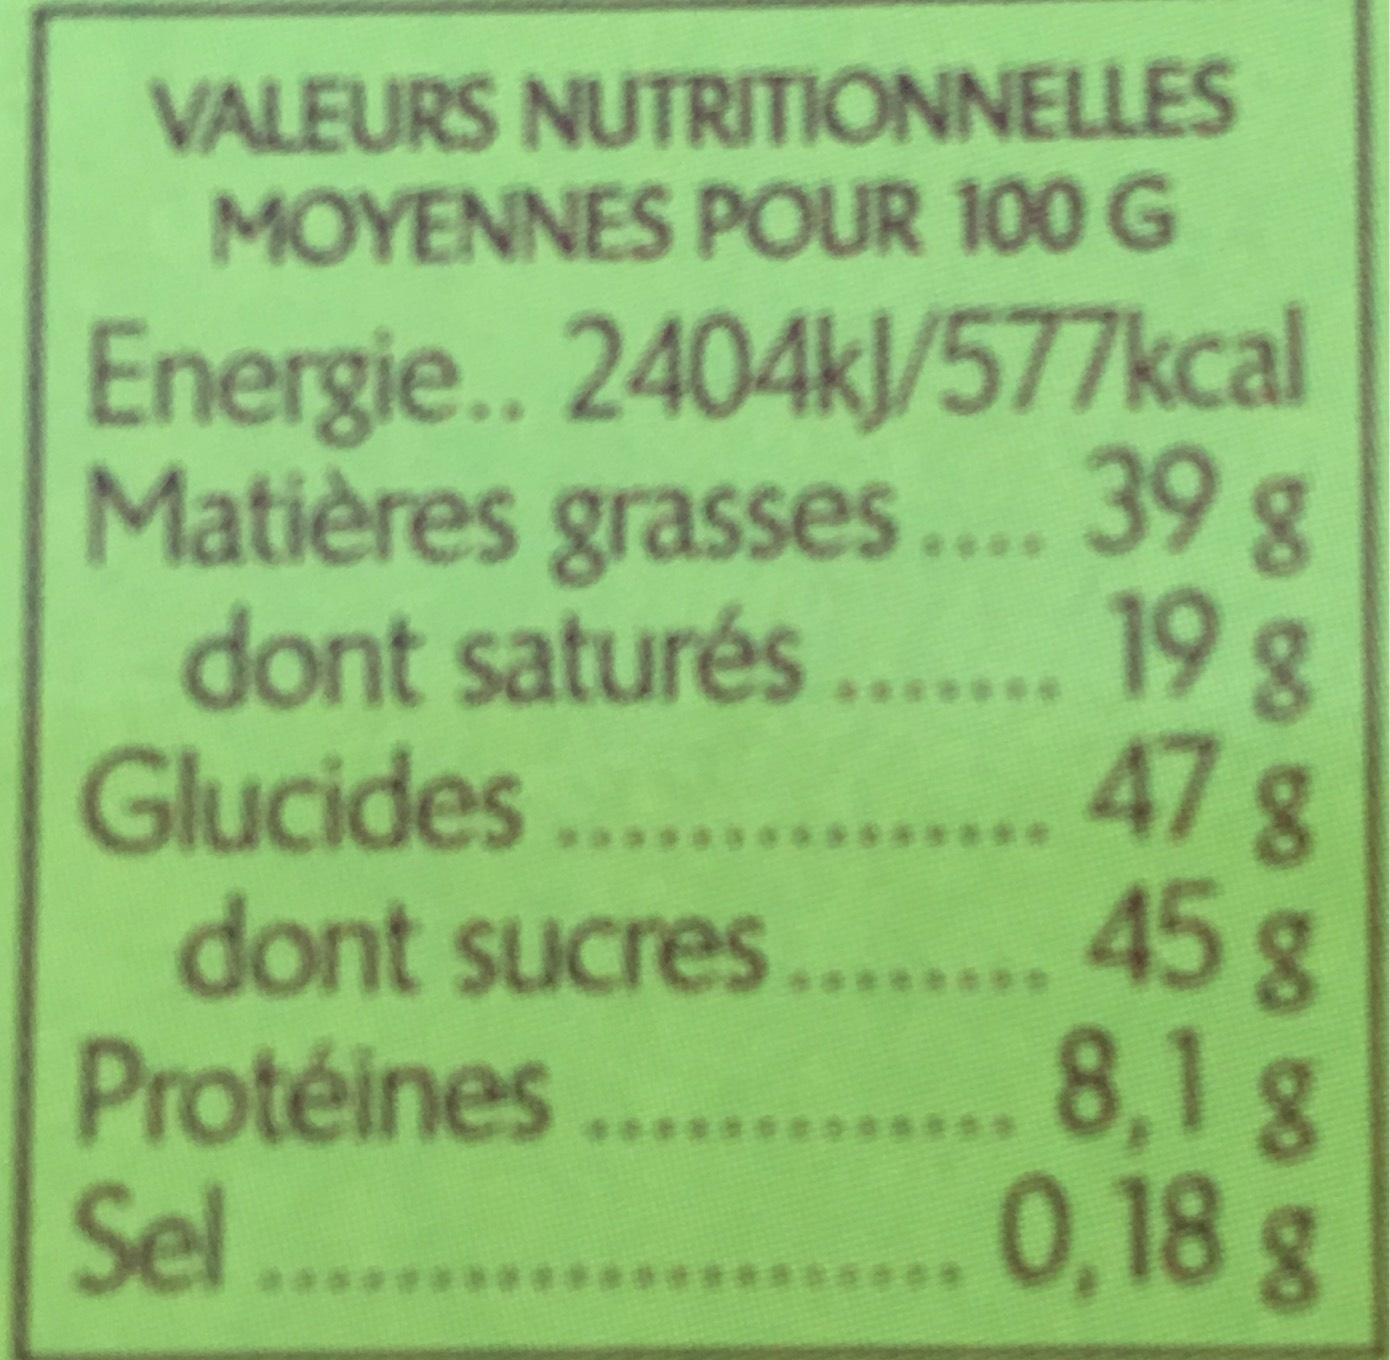
VALEURS NUTRITIONNELLES MOYENNES POUR 100 G
Energie.. 2404kJ/577kcal Matières grasses.... 39 g dont saturés....... 19 g Glucides ............... 47 g
dont sucres........
45 g .... 8,1 g
.... 0,18 g
Protéines Sel